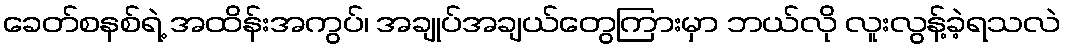
ခေတ်စနစ်ရဲ့ အထိန်းအကွပ်၊ အချုပ်အချယ်တွေကြားမှာ ဘယ်လို လူးလွန့်ခဲ့ရသလဲ